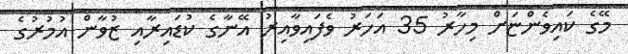
މޭގެ ކައިވެންޏަށް މިހާރު 35 އަހަރު ވެފައިވާއިރު އޭނާގެ ކުޑައިރާއި ޒުވާން އުމުރުގެ